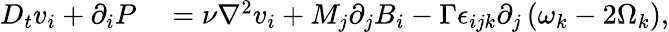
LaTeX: \begin{array}{rl}{D_{t}v_{i}+\partial_{i}P}&{{}=\nu\nabla^{2}v_{i}+M_{j}\partial_{j}B_{i}-\Gamma\epsilon_{ijk}\partial_{j}\left(\omega_{k}-2\Omega_{k}\right),}\end{array}